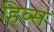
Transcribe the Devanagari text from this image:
हिब्स